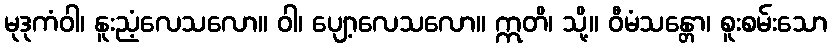
မုဒုကံဝါ၊ နူးညံ့လေသလော။ ဝါ၊ ပျော့လေသလော။ ဣတိ၊ သို့။ ဝီမံသန္တော၊ စူးစမ်းသော